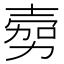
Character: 𭐔